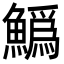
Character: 𩻟